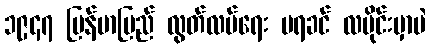
၁၉၄၇ မြန်မာပြည် လွတ်လပ်ရေး မရခင် လပိုင်းမှာပဲ